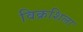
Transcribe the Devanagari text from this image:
विक्रशिला